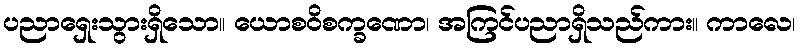
ပညာရှေးသွားရှိသော။ ယောစဝိစက္ခဏော၊ အကြင်ပညာရှိသည်ကား။ ကာလေ၊